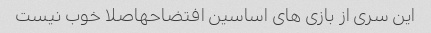
این سری از بازی های اساسین افتضاحهاصلا خوب نیست